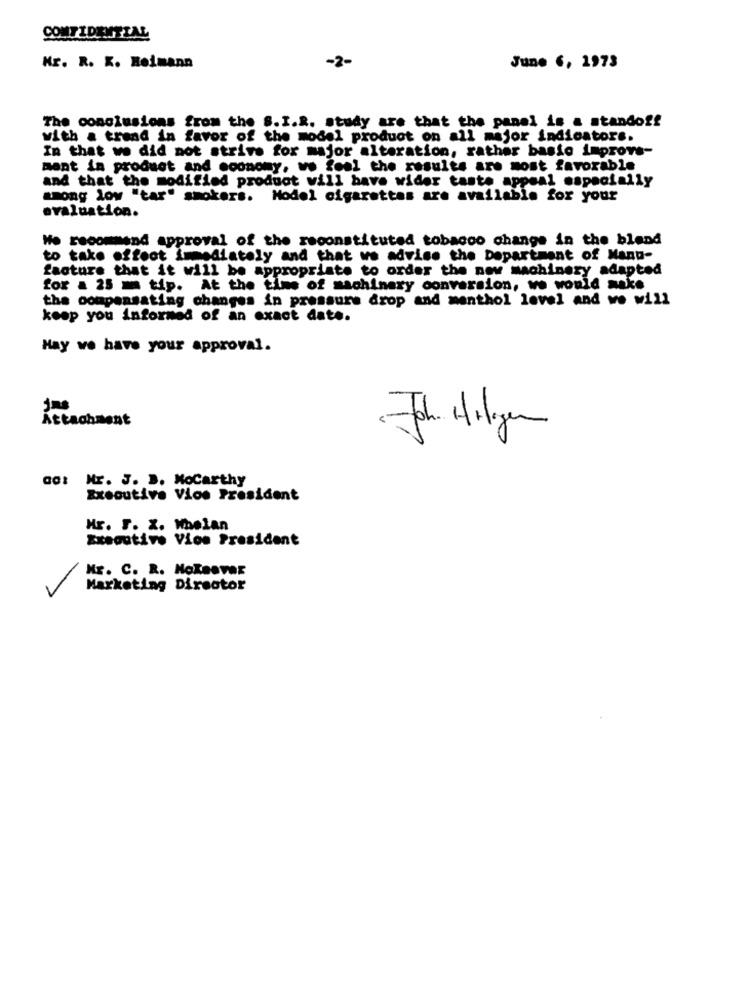
CONFIDENTIAL
Mr. R. K. Reimann
-2-
June 6, 1973
The conclusions from the S. I.R. study are that the panel is a standoff
with a trend in favor of the model product on all major indicators.
In that we did not strive for major alteration, rather basic improve-
mant in product and economy, wo feel the results are most favorable
and that the modified product will have wider taste appeal especially
among low "tar" smokers. Model cigarettes are available for your
evaluation.
We recommend approval of the reconstituted tobacco change in the blend
to take effect immediately and that we advice the Department of Manu-
facture that it will be appropriate to order the new machinery adapted
for a 25 m tip. At the time of machinery conversion, we would make
the compensating changes in pressure drop and menthol level and we will
keep you informed of an exact date.
Hay we have your approval.
Attachment
Joh Hilgen
act Nr. J. B. NoCarthy
Executive Vice President
Mr. F. X. Whelan
Executive Vice President
Mr. C. R. HoZaover
Marketing Director